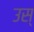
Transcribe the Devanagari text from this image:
उस्